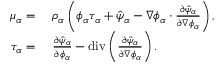
\begin{array} { r l } { \mu _ { \alpha } = } & { ~ \rho _ { \alpha } \left( \phi _ { \alpha } \tau _ { \alpha } + \hat { \psi } _ { \alpha } - \nabla \phi _ { \alpha } \cdot \frac { \partial \hat { \psi } _ { \alpha } } { \partial \nabla \phi _ { \alpha } } \right) , } \\ { \tau _ { \alpha } = } & { ~ \frac { \partial \hat { \psi } _ { \alpha } } { \partial \phi _ { \alpha } } - \mathrm { d i v } \left( \frac { \partial \hat { \psi } _ { \alpha } } { \partial \nabla \phi _ { \alpha } } \right) . } \end{array}